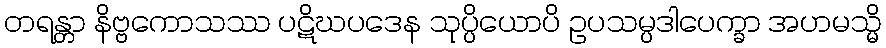
တရန္တာ နိဗ္ဗကောသဿ ပဋိဃပဒေန သုပ္ပိယောပိ ဥပသမ္ပဒါပေက္ခာ အဟမသ္မိ